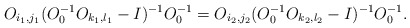
\begin{align*}O_{i_1, j_1}(O_0^{-1}O_{k_1,l_1}-I)^{-1}O_0^{-1}=O_{i_2, j_2}(O_0^{-1}O_{k_2,l_2}-I)^{-1}O_0^{-1}\mbox{.}\end{align*}